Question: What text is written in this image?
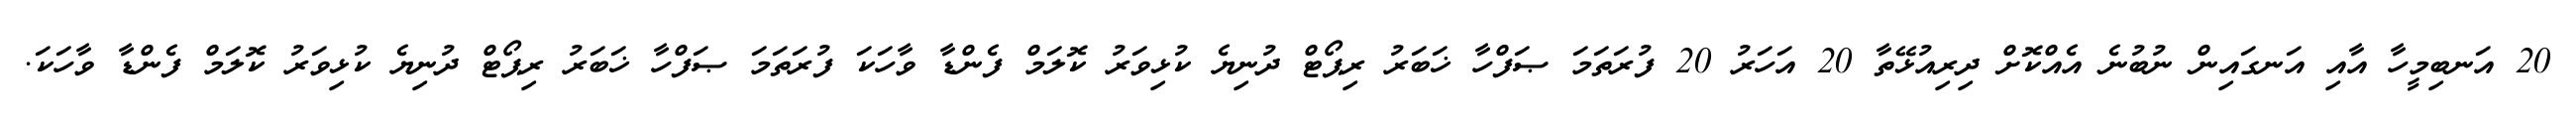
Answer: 20 އަނބިމީހާ އާއި އަނގައިން ނުބުނެ އެއްކޮށް ދިރިއުޅޭތާ 20 އަހަރު 20 ފުރަތަމަ ޞަފްހާ ޚަބަރު ރިޕޯޓް ދުނިޔެ ކުޅިވަރު ކޮލަމް ފެންޑާ ވާހަކަ ފުރަތަމަ ޞަފްހާ ޚަބަރު ރިޕޯޓް ދުނިޔެ ކުޅިވަރު ކޮލަމް ފެންޑާ ވާހަކަ.